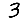
Digit: 3